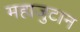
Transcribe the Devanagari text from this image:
महाजुटान